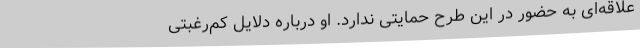
علاقه‌ای به حضور در این طرح حمایتی ندارد. او درباره دلایل کم‌رغبتی